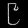
Digit: ၉